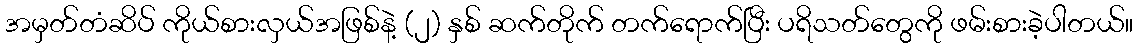
အမှတ်တံဆိပ် ကိုယ်စားလှယ်အဖြစ်နဲ့ (၂) နှစ် ဆက်တိုက် တက်ရောက်ပြီး ပရိသတ်တွေကို ဖမ်းစားခဲ့ပါတယ်။